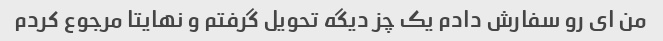
من ای رو سفارش دادم یک چز دیگه تحویل گرفتم و نهایتا مرجوع کردم